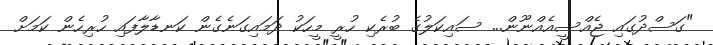
"ގަސްދުގައި ޖެއްސީއެއްނޫން... ސައިކަލުގެ ބުރެކި ހުރީ މީހަކު ދަމައިގަނެގެން ކަނޑާލާފައި ހުރިހެން ކަމަށް